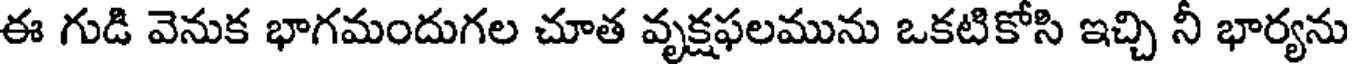
ఈ గుడి వెనుక భాగమందుగల చూత వృక్షఫలమును ఒకటికోసి ఇచ్చి నీ భార్యను